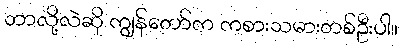
ဘာလို့လဲဆို ကျွန်တော်က ကစားသမားတစ်ဦးပါ။